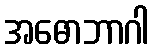
အဓောဘာဂါ